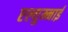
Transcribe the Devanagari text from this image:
एल्युम्नाई